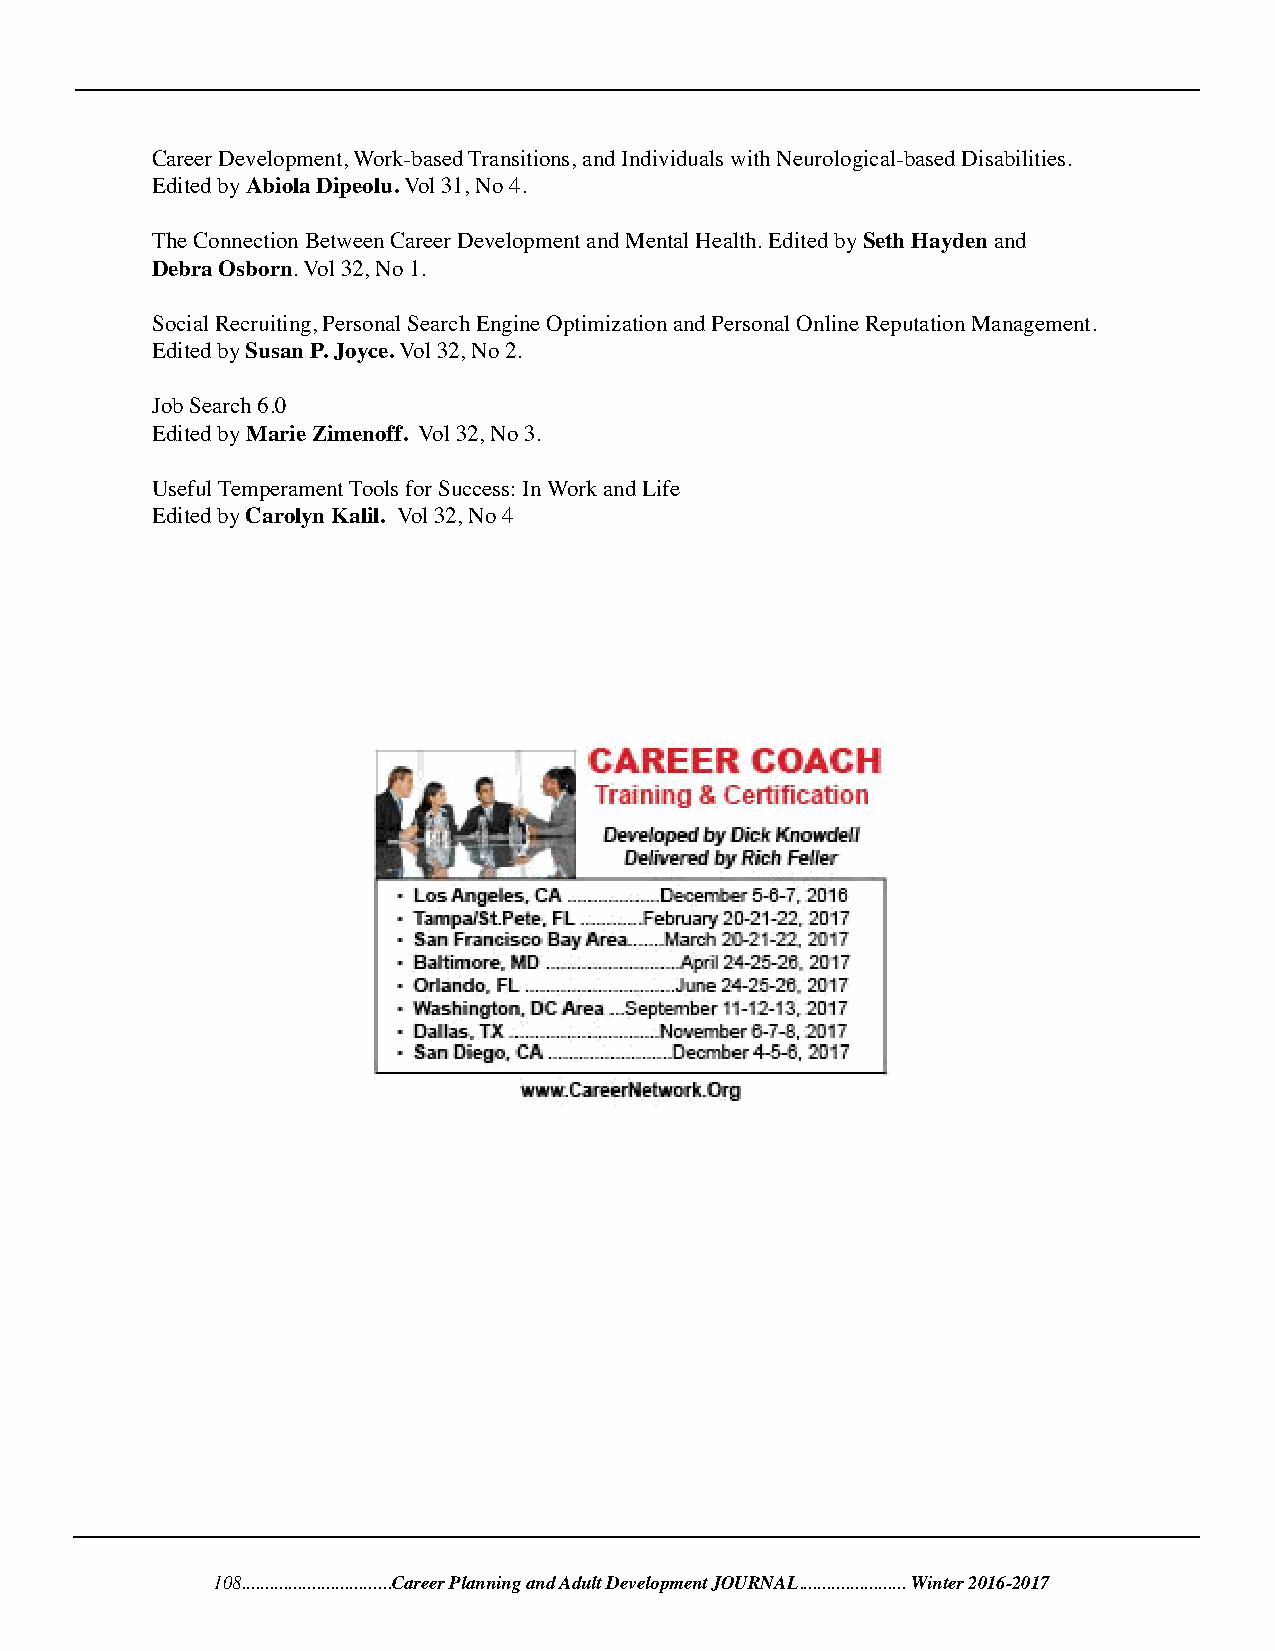
Career Development, Work-based Transitions, and Individuals with Neurological-based Disabilities.
 Edited by Abiola Dipeolu. Vol 31, No 4.
 The Connection Between Career Development and Mental Health. Edited by Seth Hayden and
 Debra Osborn. Vol 32, No 1.
 Social Recruiting, Personal Search Engine Optimization and Personal Online Reputation Management.
 Edited by Susan P. Joyce. Vol 32, No 2.
 Job Search 6.0
 Edited by Marie Zimenoff. Vol 32, No 3.
 Useful Temperament Tools for Success: In Work and Life
 Edited by Carolyn Kalil. Vol 32, No 4
 108................................Career Planning and Adult Development JOURNAL...................... . Winter 2016-2017